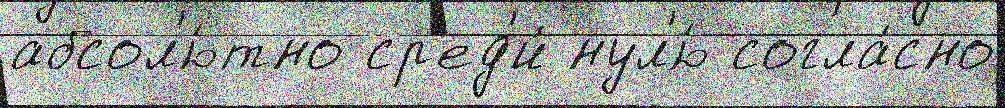
абсол'ю́тно ср'ед'и́ нул'ю́ согла́сно